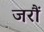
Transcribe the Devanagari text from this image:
जरौं